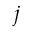
j